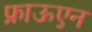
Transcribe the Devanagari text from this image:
फ्राऊएन